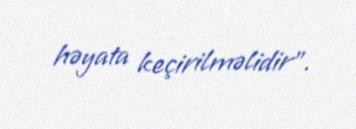
həyata keçirilməlidir".